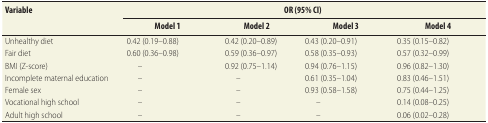
<table><thead><tr><td rowspan="2"><b>Variable</b></td><td colspan="4"><b>OR (95% CI)</b></td></tr><tr><td><b>Model 1</b></td><td><b>Model 2</b></td><td><b>Model 3</b></td><td><b>Model 4</b></td></tr></thead><tbody><tr><td>Unhealthy diet</td><td>0.42 (0.19–0.88)</td><td>0.42 (0.20–0.89)</td><td>0.43 (0.20–0.91)</td><td>0.35 (0.15–0.82)</td></tr><tr><td>Fair diet</td><td>0.60 (0.36–0.98)</td><td>0.59 (0.36–0.97)</td><td>0.58 (0.35–0.93)</td><td>0.57 (0.32–0.99)</td></tr><tr><td>BMI (Z-score)</td><td>–</td><td>0.92 (0.75–1.14)</td><td>0.94 (0.76–1.15)</td><td>0.96 (0.82–1.30)</td></tr><tr><td>Incomplete maternal education</td><td>–</td><td>–</td><td>0.61 (0.35–1.04)</td><td>0.83 (0.46–1.51)</td></tr><tr><td>Female sex</td><td>–</td><td>–</td><td>0.93 (0.58–1.58)</td><td>0.75 (0.44–1.25)</td></tr><tr><td>Vocational high school</td><td>–</td><td>–</td><td>–</td><td>0.14 (0.08–0.25)</td></tr><tr><td>Adult high school</td><td>–</td><td>–</td><td>–</td><td>0.06 (0.02–0.28)</td></tr></tbody></table>